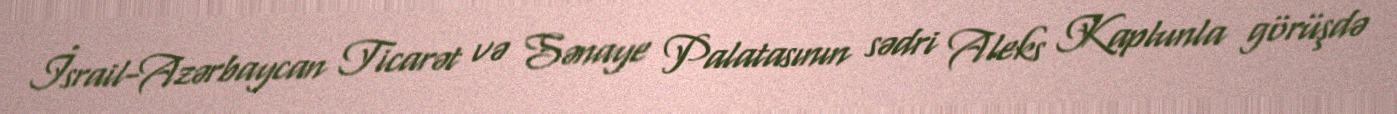
İsrail-Azərbaycan Ticarət və Sənaye Palatasının sədri Aleks Kaplunla görüşdə